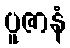
ပူဇာနံ